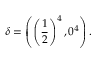
\delta = \left( \left( \frac { 1 } { 2 } \right) ^ { 4 } , 0 ^ { 4 } \right) .